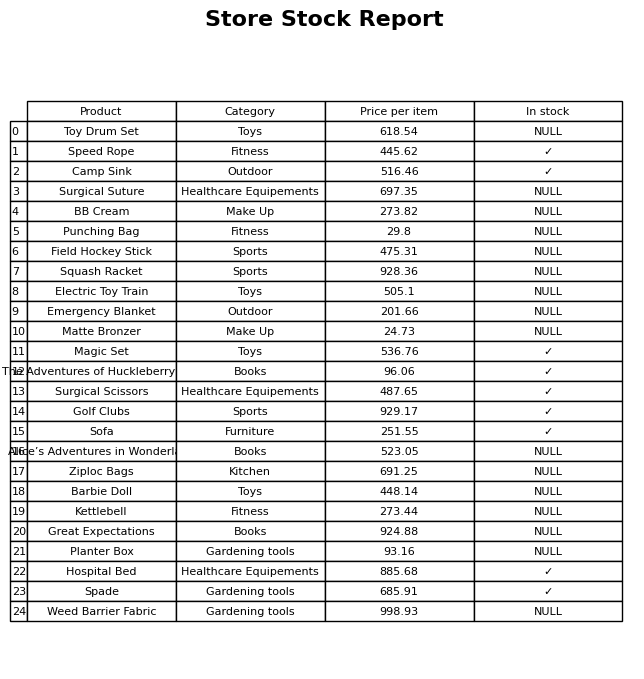
question: What is the price of the Matte Bronzer?
answer: The price of Matte Bronzer is 24.73.